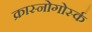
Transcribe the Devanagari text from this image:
क्रास्नोगोर्स्क